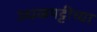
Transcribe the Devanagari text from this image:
उधळपट्टीच्या